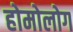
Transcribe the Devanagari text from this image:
होमोलोग